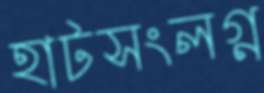
হাটসংলগ্ন